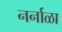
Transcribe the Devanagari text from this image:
नर्नाळा